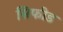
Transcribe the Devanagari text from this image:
सिफीड